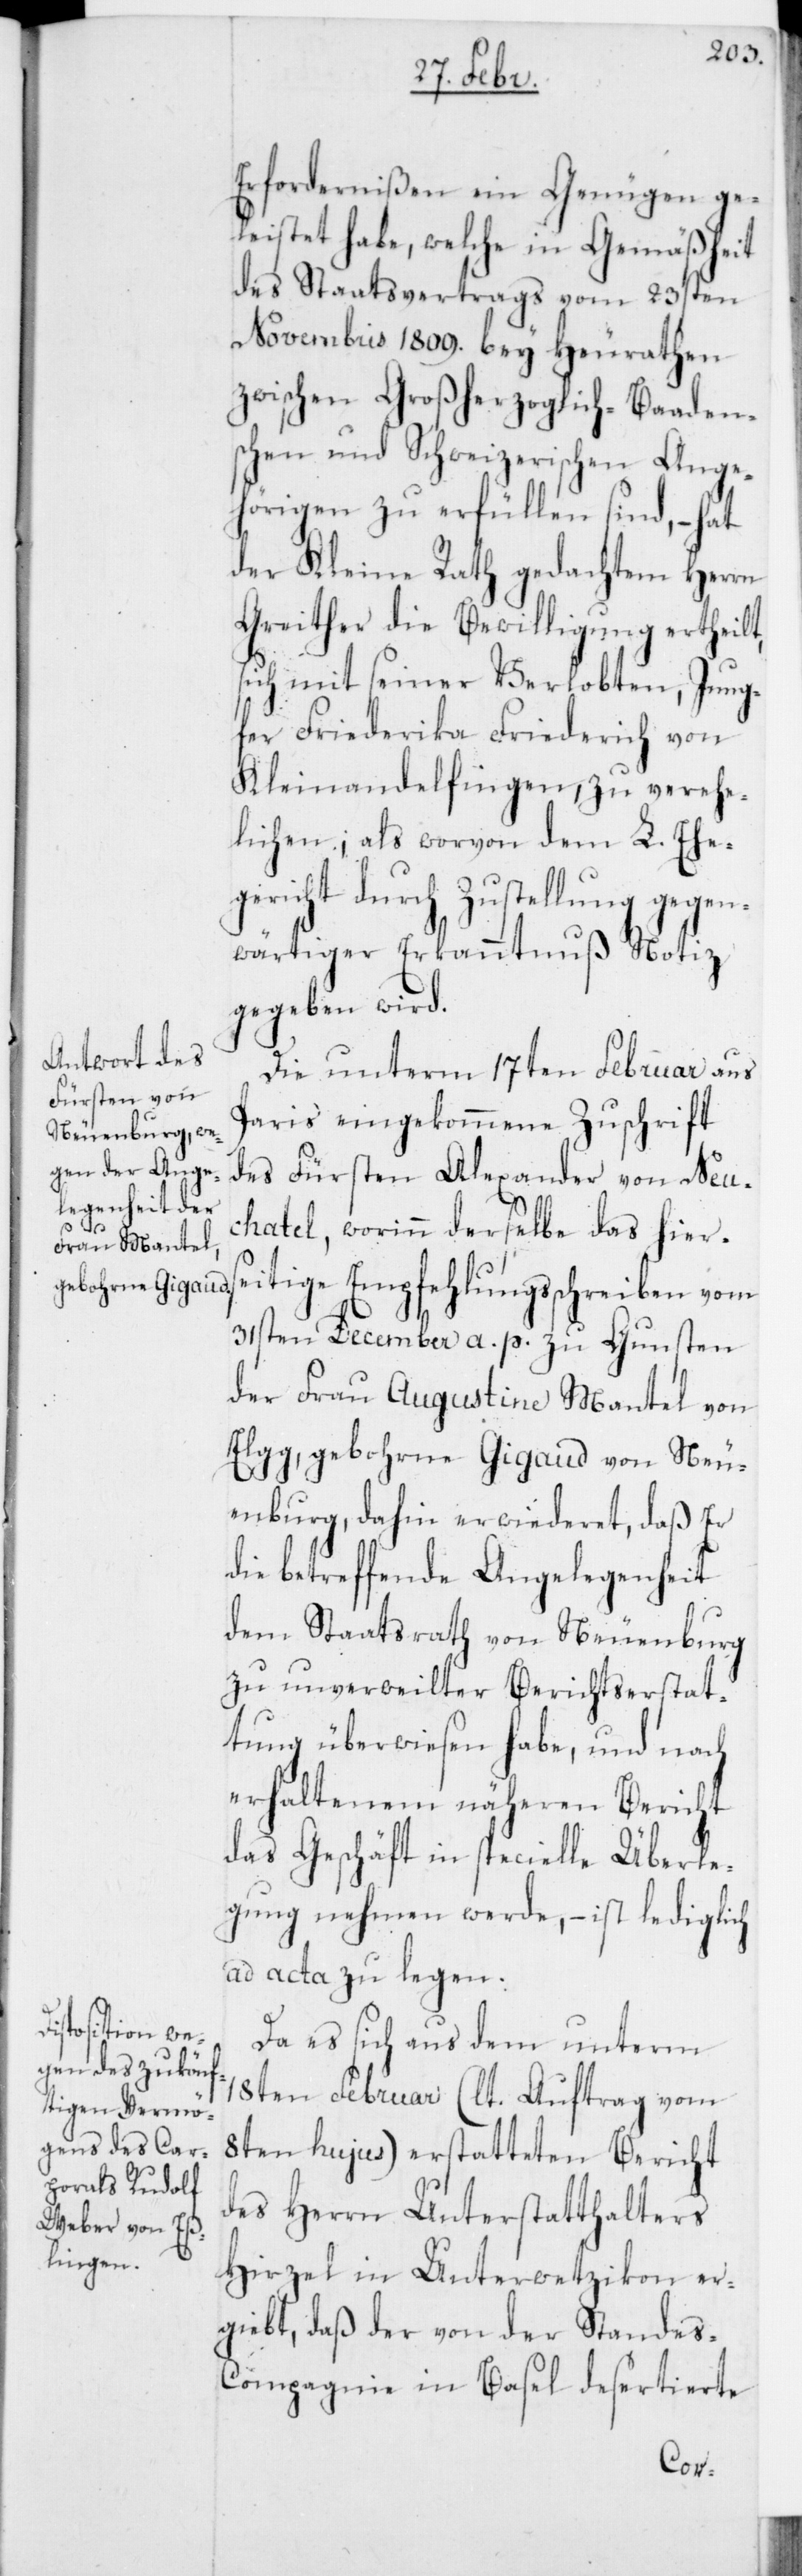
fer

Erfordernißen ein Genügen ge¬
leistet habe, welche in Gemäßheit
des Staatsvertrags vom 25sten
Novembris 1809. bey Heurathen
zwischen Großherzoglich-Baaden¬
schen und Schweizerischen Ange¬
hörigen zu erfüllen sind, – hat
der Kleine Rath gedachtem Herrn
Greither die Bewilligung ertheilt,
ich mit seiner Verlobten Jung¬
Kleinandelfingen, zu verehe¬
lichen, als worvon dem L. Ehe¬
gericht durch Zustellung gegen¬
wärtiger Erkanntnuß Notiz
gegeben wird.
Die unterm 17ten Februar aus
Paris eingekommene Zuschrift
des Fürsten Alexander von Neu¬
chatel, worinn derselbe das hiers¬
eitige Empfehlungsschreiben vom
31sten December a. p. zu Gunsten
der Frau Augustine Mantel von
Elgg, gebohrne Gigaud von Neu¬
enburg, dahin erwideret, daß er
die betreffende Angelegenheit
dem Staatsrath von Neuenburg
zu unverweilter Berichtserstat¬
tung überwiesen habe, und nach
erhaltenem näheren Bericht
das Geschäft in specielle Überle¬
gung nehmen werde, – ist lediglich
ad acta zu legen.
Da es sich aus dem unterm
18ten Februar (lt. Auftrag vom
8ten hujus) erstatteten Bericht
des Herrn Unterstatthalters
Hirzel in Unterwetzikon er¬
giebt, daß der von der Standes-C¬
ompagnie in Basel desertierte